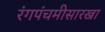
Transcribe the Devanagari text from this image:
रंगपंचमीसारखा